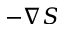
- \nabla S